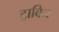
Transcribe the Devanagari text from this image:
ट्राबिन